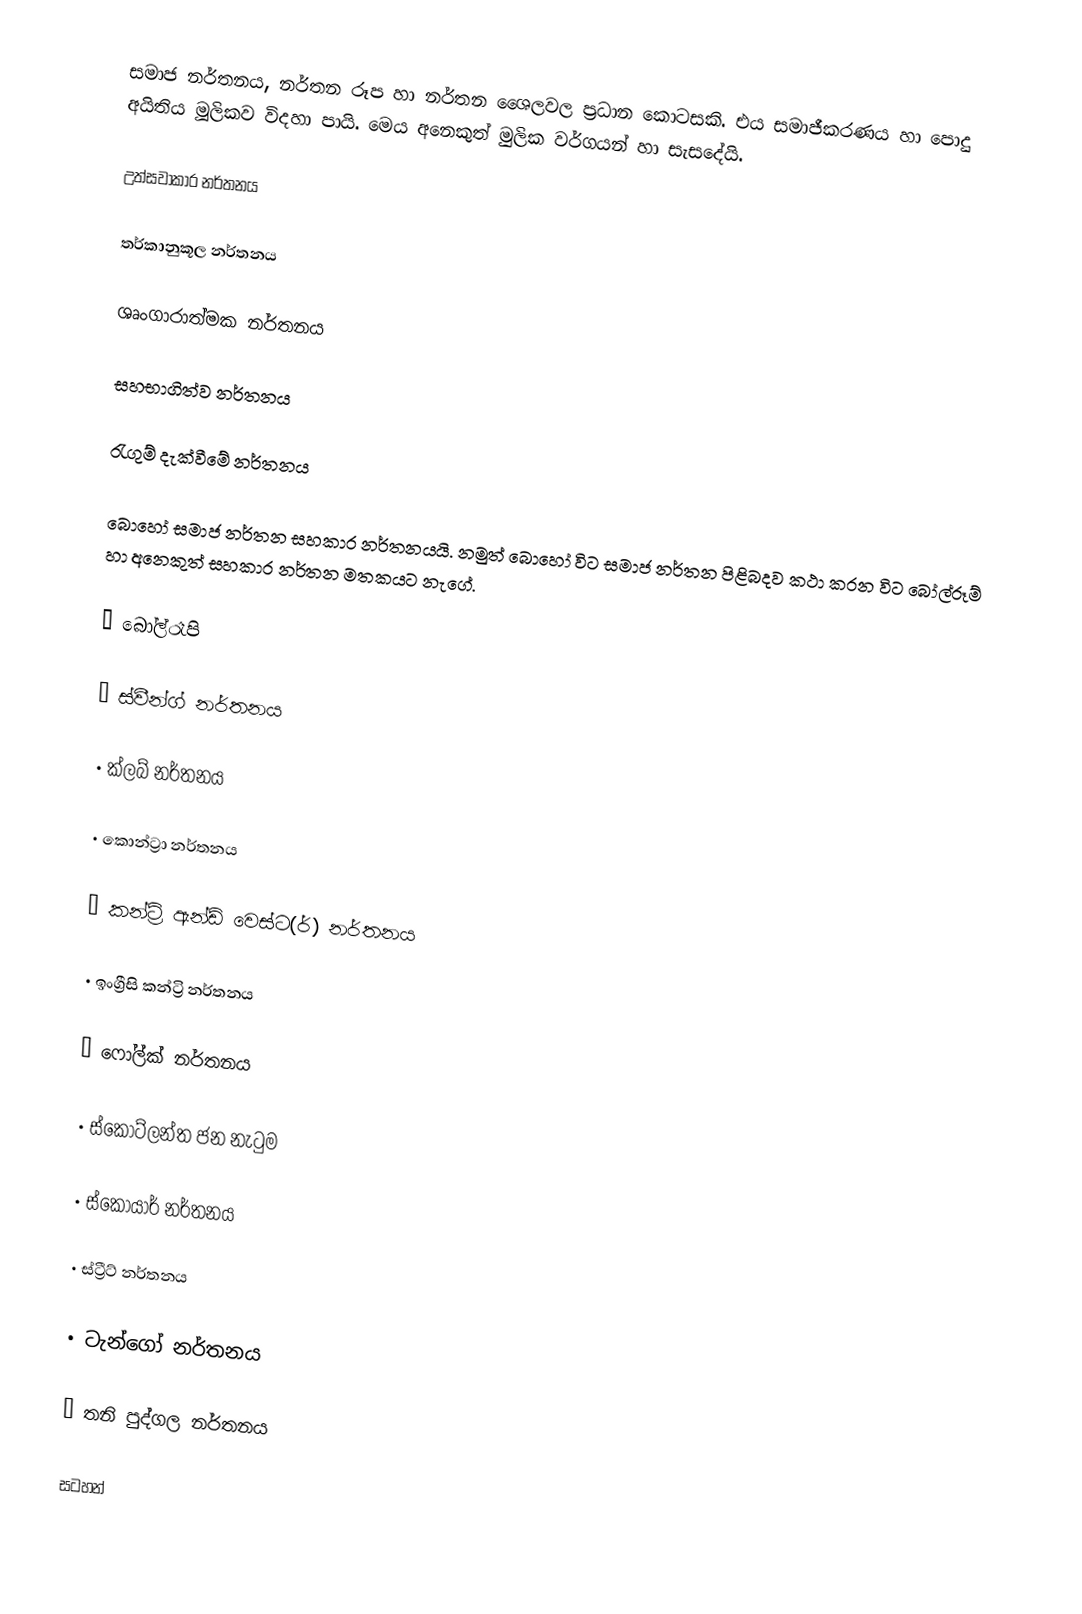
සමාජ නර්තනය, නර්තන රූප හා නර්තන ශෛලවල ප්‍රධාන කොටසකි. එය සමාජීකරණය හා පොදු අයිතිය මූලිකව විදහා පායි. මෙය අනෙකුත් මුලික වර්ගයන් හා සැසදේයි.

 උත්සවාකාර නර්තනය

තර්කානුකූල නර්තනය

 ශෘංගාරාත්මක නර්තනය

සහභාගිත්ව නර්තනය

රැගුම් දැක්වීමේ නර්තනය

බොහෝ සමාජ නර්තන සහකාර නර්තනයයි. නමුත් බොහෝ විට සමාජ නර්තන පිළිබදව කථා කරන විට බෝල්රූම් හා අනෙකුත් සහකාර නර්තන මතකයට නැගේ.

•	බෝල්රෑපි

•	ස්වීන්ග් නර්තනය

•	ක්ලබ් නර්තනය

•	කොන්ට්‍රා නර්තනය

•	කන්ට්‍රි ඇන්ඩ් වෙස්ට(ර්) නර්තනය

•	ඉංග්‍රීසි කන්ට්‍රි නර්තනය

•	ෆෝල්ක් නර්තනය

•	ස්කොට්ලන්ත ජන නැටුම

•	ස්කොයාර් නර්තනය

•	ස්ට්‍රීට් නර්තනය

•	ටැන්ගෝ නර්තනය

•	තනි පුද්ගල නර්තනය

සටහන්